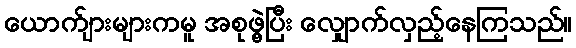
ယောက်ျားများကမူ အစုဖွဲ့ပြီး လျှောက်လှည့်နေကြသည်။